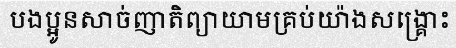
បងប្អូនសាច់ញាតិព្យាយាមគ្រប់យ៉ាងសង្គ្រោះ